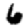
Digit: 6